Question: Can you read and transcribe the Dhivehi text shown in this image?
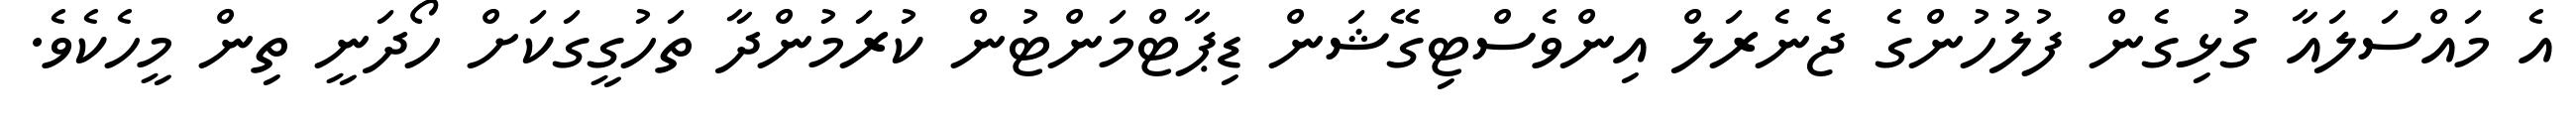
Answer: އެ މައްސަލައާ ގުޅިގެން ފުލުހުންގެ ޖެނެރަލް އިންވެސްޓިގޭޝަން ޑިޕާޓްމަންޓުން ކުރަމުންދާ ތަހުގީގަކަށް ހޯދަނީ ތިން މީހެކެވެ.